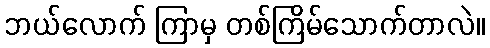
ဘယ်လောက် ကြာမှ တစ်ကြိမ်သောက်တာလဲ။